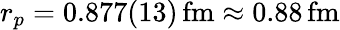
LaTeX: r_{p}=0.877(13)\, \mathrm{fm}\approx 0.88\, \mathrm{fm}